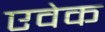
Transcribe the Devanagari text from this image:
एवेक